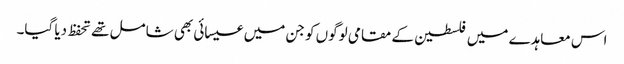
اس معاہدے میں فلسطین کے مقامی لوگوں کو جن میں عیسائی بھی شامل تھے تحفظ دیا گیا۔